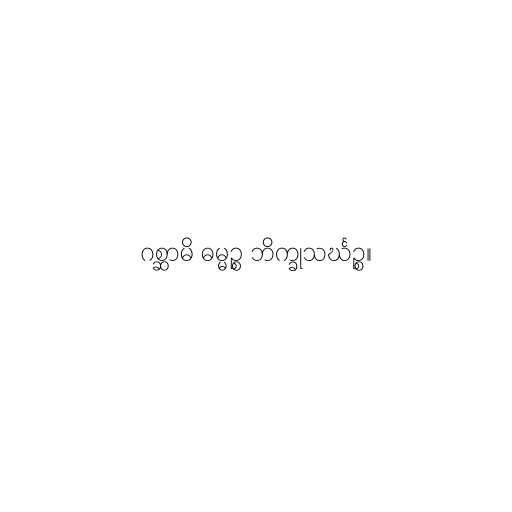
ဂစ္ဆာမိ ဓမ္မဉ္စ ဘိက္ခုသင်္ဃဉ္စ။